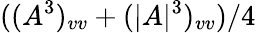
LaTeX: ((A^{3})_{vv}+(|A|^{3})_{vv})/4